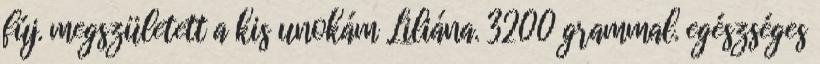
fúj. megszületett a kis unokám Liliána. 3200 grammal. egészséges